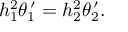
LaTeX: h _ { 1 } ^ { 2 } \theta _ { 1 } ^ { \, \prime } = h _ { 2 } ^ { 2 } \theta _ { 2 } ^ { \, \prime } .